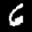
Label: 6